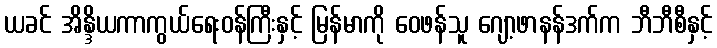
ယခင် အိန္ဒိယကာကွယ်ရေးဝန်ကြီးနှင့် မြန်မာကို ဝေဖန်သူ ဂျော့ဖာနန်ဒက်က ဘီဘီစီနှင့်